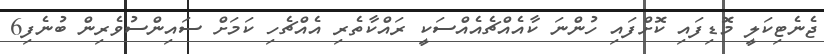
ޖެނެޓިކަލީ މޮޑިފައި ކޮށްފައި ހުންނަ ކާއެއްޗެއެއްސަކީ ރައްކާތެރި އެއްޗެހި ކަމަށް ސައިންސުވެރިން ބުނެފި6